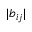
| b _ { i j } |